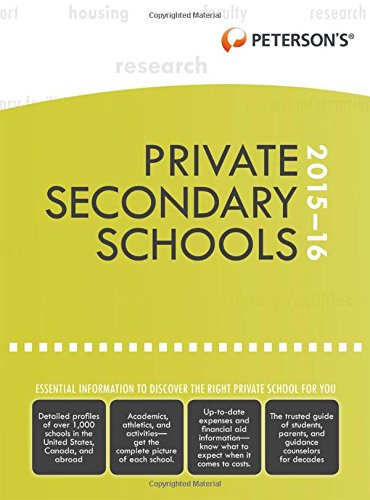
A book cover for Private Secondary Schools 2015-2016; Peterson's; Reference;